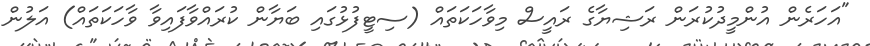
"އަހަރެން އުންމީދުކުރަން ރަޝިޔާގެ ރައީސް މިވާހަކަތައް (ސިޓީފުޅުގައި ބަޔާން ކުރައްވާފައިވާ ވާހަކަތައް) އަލުން